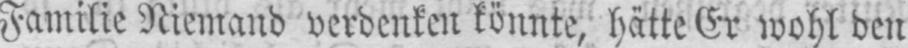
Familie Niemand verdenken könnte, hätte Er wohl den